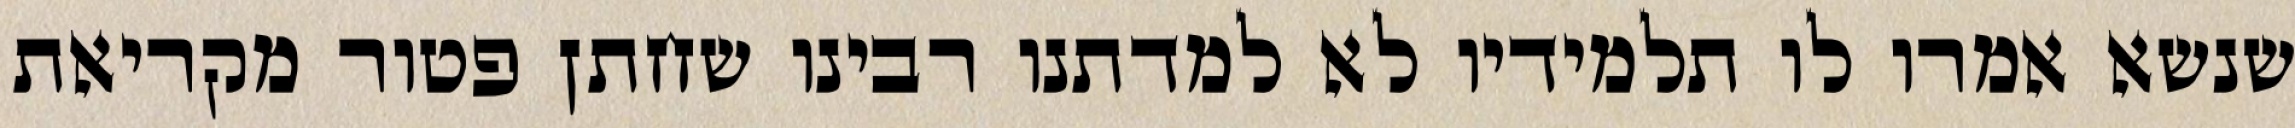
שנשא אמרו לו תלמידיו לא למדתנו רבינו שחתן פטור מקריאת